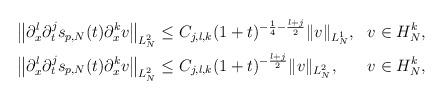
LaTeX: \begin{align*}\begin{aligned} &\left\|\partial_x^l \partial_t^j s_{p,N}(t) \partial^k_x v\right\|_{L_N^2} \leq C_{j,l,k}(1+t)^{-\frac{1}{4}-\frac{l+j}{2}}\|v\|_{L_N^1} , & & v\in H^k_N, \\ &\left\|\partial_x^l \partial_t^j s_{p,N}(t) \partial^k_x v\right\|_{L_N^2} \leq C_{j,l,k}(1+t)^{-\frac{l+j}{2}}\|v\|_{L_N^2}, & & v\in H^k_N,\end{aligned}\end{align*}